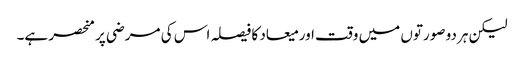
لیکن ہر دو صورتوں میں وقت اور میعاد کا فیصلہ اس کی مرضی پر منحصر ہے۔